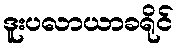
ဒူးပလာယာခရိုင်